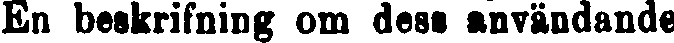
En beskrifning om dess användande